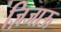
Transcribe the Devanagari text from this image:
ज़िजाऊ